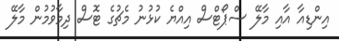
އިންޑިއާ އާއި މާލޭ ސްޕޯޓްސް އިއްޔެ ކުޅުނު މެޗުގެ ޓޮސް ދިމާވުމުން މާލޭ